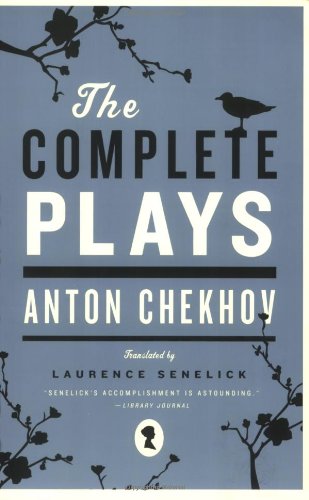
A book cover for The Complete Plays; Anton Chekhov; Literature & Fiction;